Lunatic asylums Punjab 1868-1880 - 1868-1880
Year: 1868
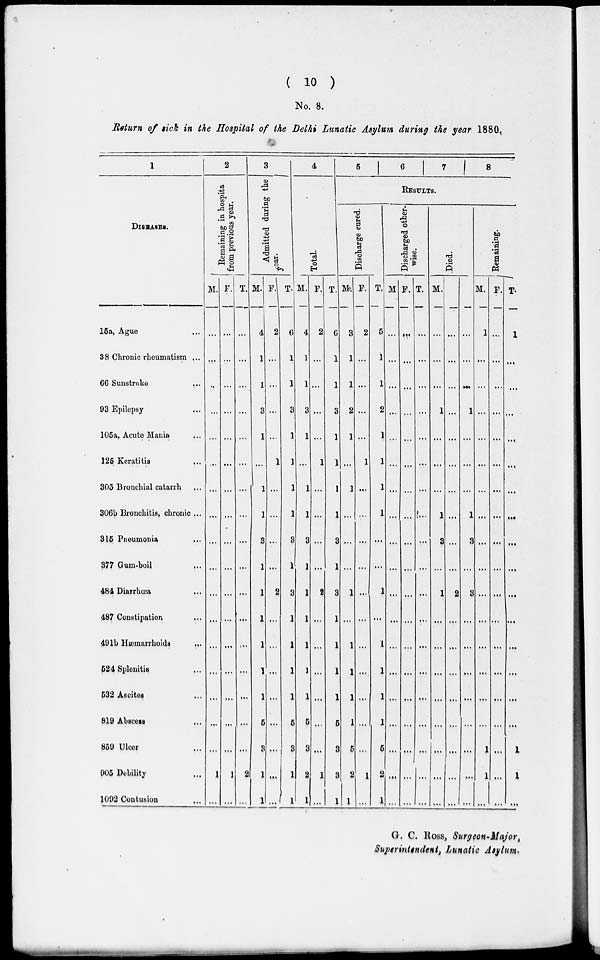
( 10 )
No. 8.
Return of sick in the Hospital of the Delhi Lunatic Asylum during the year 1880.
1
DISEASES.
15a, Ague ...
38 Chronic rheumatism ...
66 Sunstroke ...
93 Epilepsy ...
105a, Acute Mania ...
125 Keratitis ...
305 Bronchial catarrh ...
306b Bronchitis, chronic ...
315 Pneumonia ...
377 Gum-boil ...
484 Diarrhœa ...
487 Constipation ...
491b Hæmarrhoids
...
524 Splenitis ...
532 Ascites ...
819 Abscess ...
859 Ulcer ...
905 Debility ...
1092 Contusion ...
2
Remaining in hospita
from previous year.
M.
...
...
..
...
...
...
...
...
...
...
...
...
...
...
...
...
...
1
...
F.
...
...
...
...
...
...
...
...
...
...
...
...
...
...
...
...
...
1
...
T.
...
...
...
...
...
...
...
...
...
...
...
...
...
...
...
...
...
2
...
3
Admitted during the
year.
M.
4
1
1
3
1
...
1
1
3
1
1
1
1
1
1
5
3
1
1
F.
2
...
...
...
...
1
...
...
...
...
2
...
...
...
...
...
...
...
...
T.
6
1
1
3
1
1
1
1
3
1
3
1
1
1
1
5
3
1
1
4
Total.
M.
4
1
1
3
1
...
1
1
3
1
1
1
1
1
1
5
3
2
1
F.
2
...
...
...
...
1
...
...
...
...
2
...
...
...
...
...
...
1
...
T.
6
1
1
3
1
1
1
1
3
1
3
1
1
1
1
5
3
3
1
5
6
7 8
RESULTS.
Discharge cured.
M.
3
1
1
2
1
...
1
...
...
...
1
...
1
1
1
1
5
2
1
F.
2
...
...
...
...
1
...
...
...
...
...
...
...
...
...
...
...
1
...
T.
5
1
1
2
1
1
1
1
...
...
1
...
1
1
1
1
5
2
1
Discharged other-
wise.
M
...
...
...
...
...
...
...
...
...
...
...
...
...
...
...
...
...
...
...
F.
...
...
...
...
...
...
...
...
...
...
...
...
...
...
...
...
...
...
...
T.
...
...
...
...
...
...
...
...
...
...
...
...
...
...
...
...
...
...
...
Died.
M.
...
...
...
1
...
...
...
1
3
...
1
...
...
...
...
...
...
...
...
F.
...
...
...
...
...
...
...
...
...
...
2
...
...
...
...
...
...
...
...
T.
...
...
...
1
...
...
...
1
3
...
3
...
...
...
...
...
...
...
...
Remaining.
M.
1
...
...
...
...
...
...
...
...
...
...
...
...
...
...
...
1
1
...
F.
...
...
...
...
...
...
...
...
...
...
...
...
...
...
...
...
...
...
...
T.
1
...
...
...
...
...
...
...
...
...
...
...
...
...
...
...
1
1
...
G. C. Ross, Surgeon-Major,
Superintendent, Lunatic Asylum.